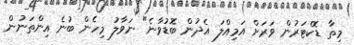
މިތާ ޑޮކްޓަރުން ވަރަށް އަމިއްލަ އެދުން ބޮޑުވާނެ" ނަވާލު މިހެން ބުނެ އިންތަނުން